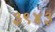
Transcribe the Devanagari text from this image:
३९४३